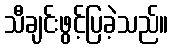
သီချင်းဖွင့်ပြခဲ့သည်။